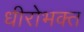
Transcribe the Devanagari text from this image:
धीरोभक्त